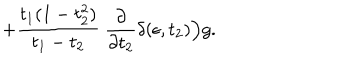
+ { \frac { t _ { 1 } ( 1 - t _ { 2 } ^ { 2 } ) } { t _ { 1 } - t _ { 2 } } } ~ { \frac { \partial } { \partial t _ { 2 } } } \delta ( \epsilon , t _ { 2 } ) \Big ) g .